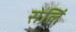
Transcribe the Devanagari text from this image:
सेलिं